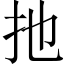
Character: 扡